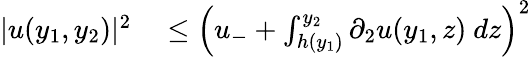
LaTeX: \begin{array}{rl}{|u(y_{1},y_{2})|^{2}}&{{}\leq\left(u_{-}+\int_{h(y_{1})}^{y_{2}}\partial_{2}u(y_{1},z)\ dz\right)^{2}}\end{array}